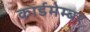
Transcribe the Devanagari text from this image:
कार्डमेम्बर